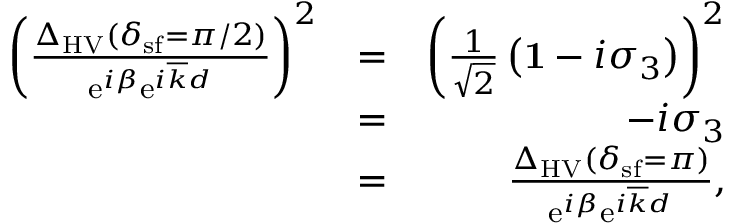
\begin{array} { r l r } { \left( \frac { \Delta _ { \mathrm { H V } } ( \delta _ { \mathrm { s f } } = \pi / 2 ) } { \mathrm { e } ^ { i \beta } \mathrm { e } ^ { i \overline { { k } } d } } \right) ^ { 2 } } & { = } & { \left( \frac { 1 } { \sqrt { 2 } } \left( { \bf 1 } - i \sigma _ { 3 } \right) \right) ^ { 2 } } \\ & { = } & { - i \sigma _ { 3 } } \\ & { = } & { \frac { \Delta _ { \mathrm { H V } } ( \delta _ { \mathrm { s f } } = \pi ) } { \mathrm { e } ^ { i \beta } \mathrm { e } ^ { i \overline { { k } } d } } , } \end{array}